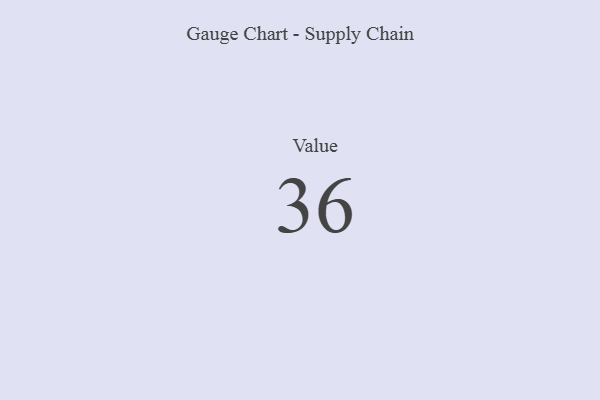
{"axis": {"x": "Metric", "y": "Value"}, "legend": [""], "data": [{"x": "Value", "y": 36, "type": ""}]}